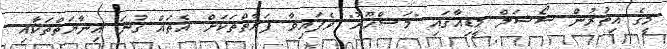
މީގެ އިތުރުން ސޯޝަލް މީޑިއާގައި "މަޝްހޫރު" ވެފައިވާ ފަރާތްތަކަށް އެތައް ގުނަ އިނާޔަތްތަކާއި